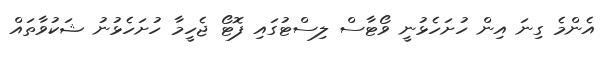
އެންމެ ގިނަ އިން ހުށަހެޅުނީ ވޯޓާސް ލިސްޓުގައި ފޮޓޯ ޖެހީމާ ހުށަހެޅުނު ޝަކުވާތައް